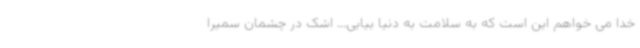
خدا می خواهم این است که به سلامت به دنیا بیایی... اشک در چشمان سمیرا